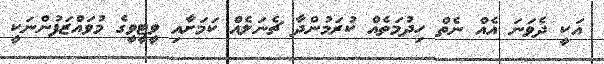
އަކީ ދެވަނަ އެއް ނެތް ހިދުމަތެއް ކުރަމުންދާ ޗެނަލެއް ކަމަށާއި ވީޓީވީގެ މުވައްޒަފުންނަކީ